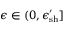
\epsilon \in ( 0 , \epsilon _ { \mathrm { s h } } ^ { \prime } ]